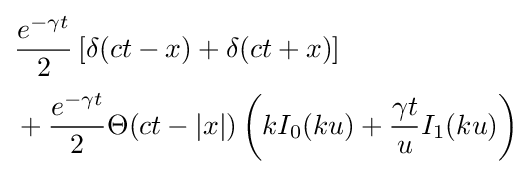
{\begin{aligned}&{\frac {e^{-\gamma t}}{2}}\left[\delta (ct-x)+\delta (ct+x)\right]\\[0.5ex]&+{\frac {e^{-\gamma t}}{2}}\Theta (ct-|x|)\left(kI_{0}(ku)+{\frac {\gamma t}{u}}I_{1}(ku)\right)\end{aligned}}